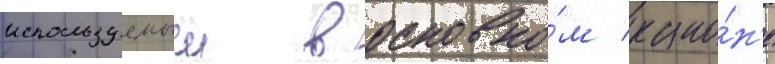
используемыи в основно́м кано́н'е